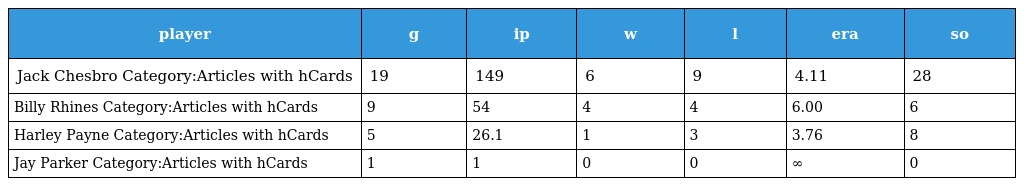
| player | g | ip | w | l | era | so |
 | --- | --- | --- | --- | --- | --- | --- |
 | Jack Chesbro Category:Articles with hCards | 19 | 149 | 6 | 9 | 4.11 | 28 |
 | Billy Rhines Category:Articles with hCards | 9 | 54 | 4 | 4 | 6.00 | 6 |
 | Harley Payne Category:Articles with hCards | 5 | 26.1 | 1 | 3 | 3.76 | 8 |
 | Jay Parker Category:Articles with hCards | 1 | 1 | 0 | 0 | ∞ | 0 |